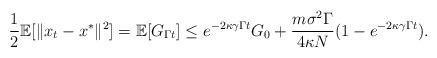
LaTeX: \begin{align*}\frac{1}{2}\mathbb{E}{[\|x_t-x^*\|^2]}=\mathbb{E}[G_{\Gamma t}] \le e^{-2\kappa\gamma\Gamma t}G_{0}+\frac{m\sigma^2 \Gamma}{4\kappa N }(1-e^{-2\kappa\gamma\Gamma t}).\end{align*}